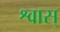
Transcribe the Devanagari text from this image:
श्वास्